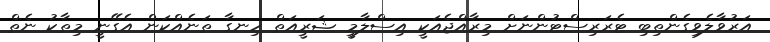
އަރުވާލެވިގެންތިބި ޓެރަރިސްޓުންނަށް މިރާއްޖެއަކީ އިސްލާމީ ޝަރީއަތް ހިނގާ ތަނެއްކަން އެގޭނީ މިތާކު ނެތް